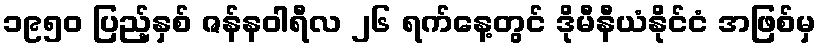
၁၉၅၀ ပြည့်နှစ် ဇန်နဝါရီလ ၂၆ ရက်နေ့တွင် ဒိုမီနီယံနိုင်ငံ အဖြစ်မှ